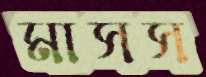
মাসস